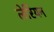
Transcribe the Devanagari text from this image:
लेरियन